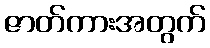
ဇာတ်ကားအတွက်